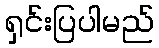
ရှင်းပြပါမည်